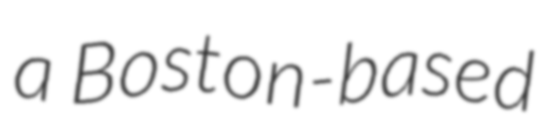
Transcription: a Boston-based